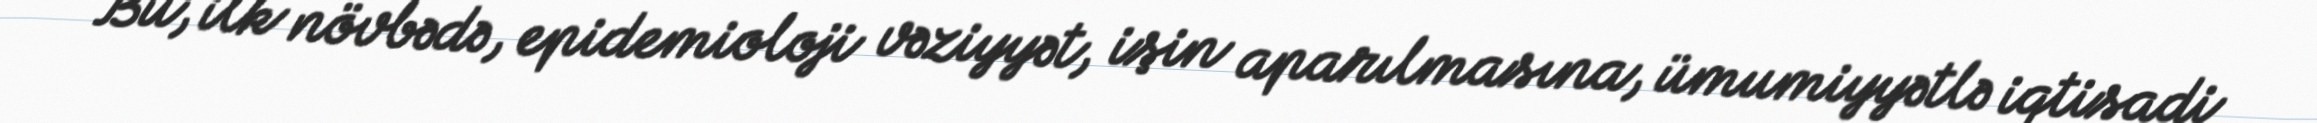
Bu, ilk növbədə, epidemioloji vəziyyət, işin aparılmasına, ümumiyyətlə iqtisadi